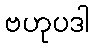
ဗဟုပဒါ